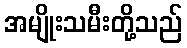
အမျိုးသမီးတို့သည်